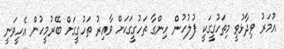
އުމަރު ވިދާޅުވީ މިތަހުގީގަކީ ފުލުހުން ހިންގާ ތަހުގީގަކަށް ވާއިރު ތަހުގީގަށް ބޭރުމީހުން އެހީވަނީ